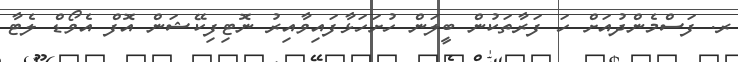
ރ. ފަސްމެންދުއަށް ހަ ފަރާތަކުން ބީލަން ހުށަހަޅާފައިވާއިރު ނޮޓިފިކޭޝަން އޮފް އެވޯޑް ލެޓާ